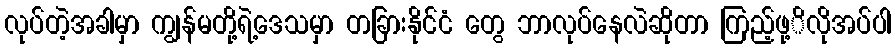
လုပ်တဲ့အခါမှာ ကျွန်မတို့ရဲ့ဒေသမှာ တခြားနိုင်ငံ တွေ ဘာလုပ်နေလဲဆိုတာ ကြည့်ဖု့ိလိုအပ်ပါ